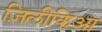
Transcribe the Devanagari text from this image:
ज़िलीकिआ